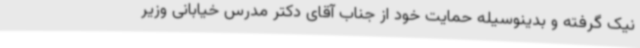
نیک گرفته و بدینوسیله حمایت خود از جناب آقای دکتر مدرس خیابانی وزیر